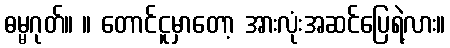
ဓမ္မဂုတ်။ ။ တောင်ငူမှာတော့ အားလုံးအဆင်ပြေရဲ့လား။